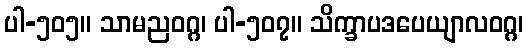
ပါ-၅၀၅။ သာမညဝဂ္ဂ၊ ပါ-၅၀၇။ သိက္ခာပဒပေယျာလဝဂ္ဂ၊